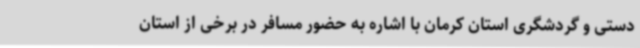
دستی و گردشگری استان کرمان با اشاره به حضور مسافر در برخی از استان